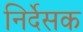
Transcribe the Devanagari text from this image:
निर्देसक